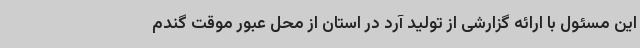
این مسئول با ارائه گزارشی از تولید آرد در استان از محل عبور موقت گندم